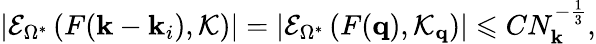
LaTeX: \left|\mathcal{E}_{\Omega^{*}}\left(F(\mathbf{k}-\mathbf{k}_{i}),\mathcal{K}\right)\right|=\left|\mathcal{E}_{\Omega^{*}}\left(F(\mathbf{q}),\mathcal{K}_{\mathbf{q}}\right)\right|\leqslant CN_{\mathbf{k}}^{-\frac 13},